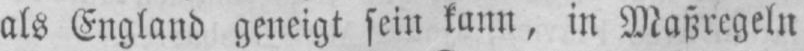
als England geneigt sein kann, in Maßregeln